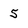
Character: 5